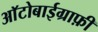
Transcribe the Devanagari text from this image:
आॅटोबाईग्राफ़ी